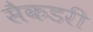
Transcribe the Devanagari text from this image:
सैकडरी